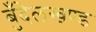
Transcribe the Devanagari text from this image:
बुँदेलखण्ड